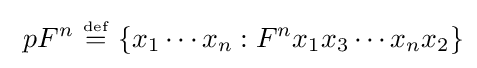
\ pF^{n}\ {\overset {\underset {\mathrm {def} }{}}{=}}\ \{x_{1}\cdots x_{n}:F^{n}x_{1}x_{3}\cdots x_{n}x_{2}\}